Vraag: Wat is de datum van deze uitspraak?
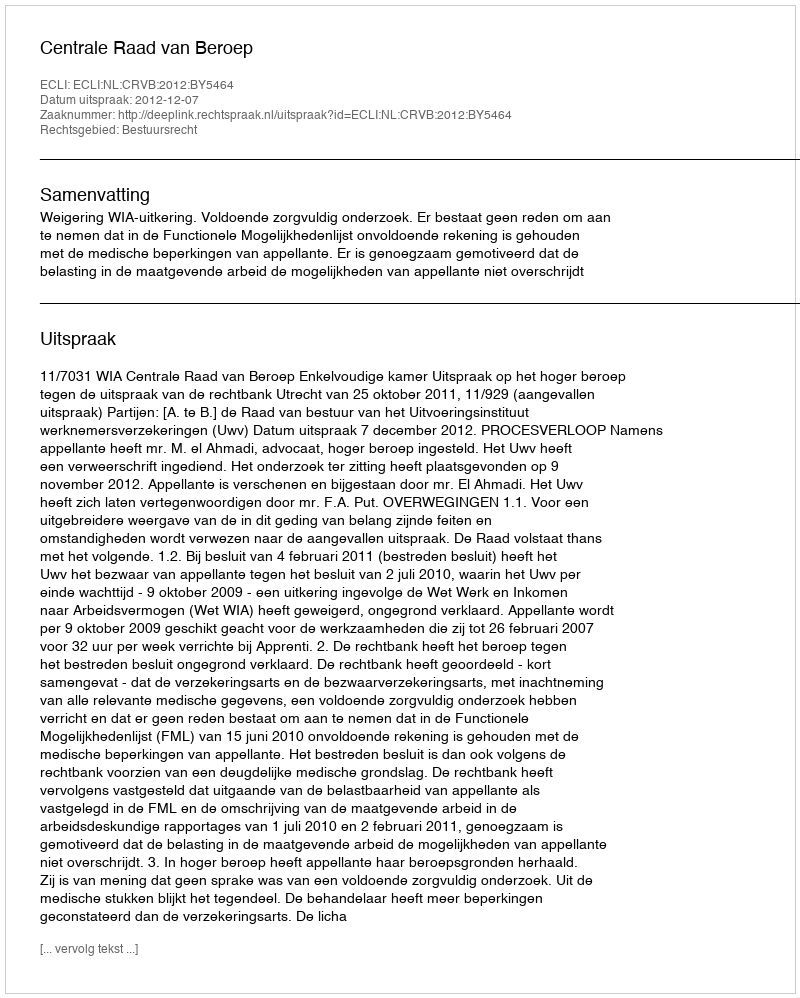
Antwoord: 2012-12-07